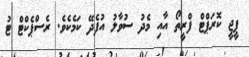
ޕީޖީ ކޮރަޕްޓް ފްރީތޯ އާއި މެދު ސުވާލު އުފެދޭ ކަމެކެވެ. ރެސްޕެކްޓް ޓު